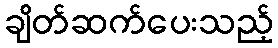
ချိတ်ဆက်ပေးသည့်